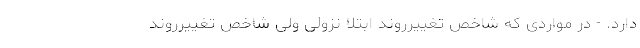
دارد. - در مواردی که شاخص تغییرروند ابتلا نزولی ولی شاخص تغییرروند